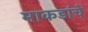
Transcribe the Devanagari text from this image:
माकडांचे